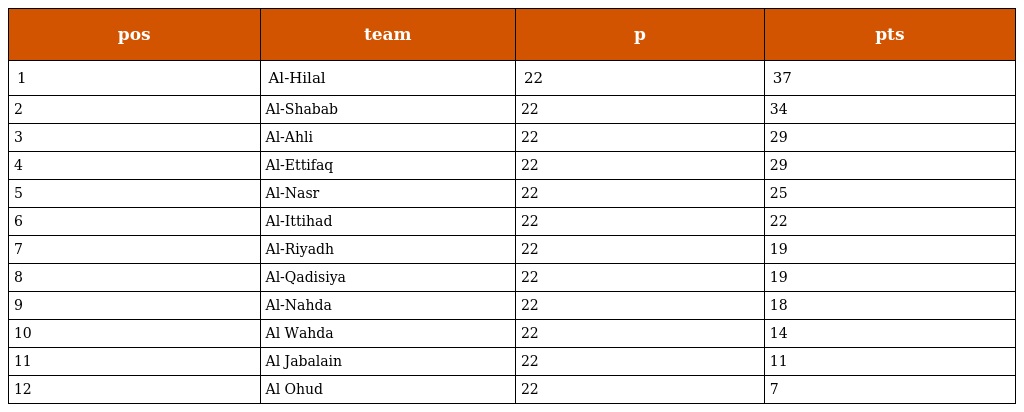
| pos | team | p | pts |
 | --- | --- | --- | --- |
 | 1 | Al-Hilal | 22 | 37 |
 | 2 | Al-Shabab | 22 | 34 |
 | 3 | Al-Ahli | 22 | 29 |
 | 4 | Al-Ettifaq | 22 | 29 |
 | 5 | Al-Nasr | 22 | 25 |
 | 6 | Al-Ittihad | 22 | 22 |
 | 7 | Al-Riyadh | 22 | 19 |
 | 8 | Al-Qadisiya | 22 | 19 |
 | 9 | Al-Nahda | 22 | 18 |
 | 10 | Al Wahda | 22 | 14 |
 | 11 | Al Jabalain | 22 | 11 |
 | 12 | Al Ohud | 22 | 7 |